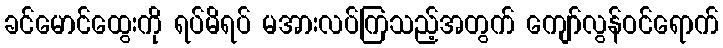
ခင်မောင်ထွေးကို ရပ်မိရပ် မအားလပ်ကြသည့်အတွက် ကျော်လွန်ဝင်ရောက်